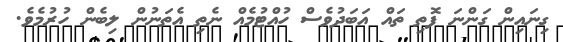
ގިނައިން ގަންނަ ފޮތި ތައް އަބަދުވެސް ހުއްޓުމެއް ނެތި އެތަނުން ލިބެން ހުރުމެވެ.